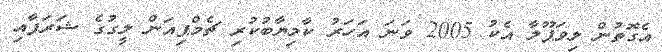
އެގޮތުން ލިވަޕޫލާ އެކު 2005 ވަނަ އަހަރު ކާމިޔާބުކުރި ޗެމްޕިއަން ލީގުގެ ޝަރަފާއި